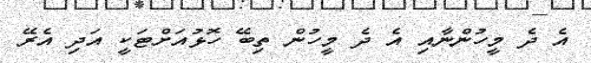
އެ ދެ މީހުންނާއި އެ ދެ މީހުން ތިބޭ ހޮޅުއަށްޓަކީ އަދި އެރޭ